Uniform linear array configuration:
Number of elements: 48
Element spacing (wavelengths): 0.75
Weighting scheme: uniform
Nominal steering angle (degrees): -45
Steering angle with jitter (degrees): -44.295
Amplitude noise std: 0.05
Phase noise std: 0.05

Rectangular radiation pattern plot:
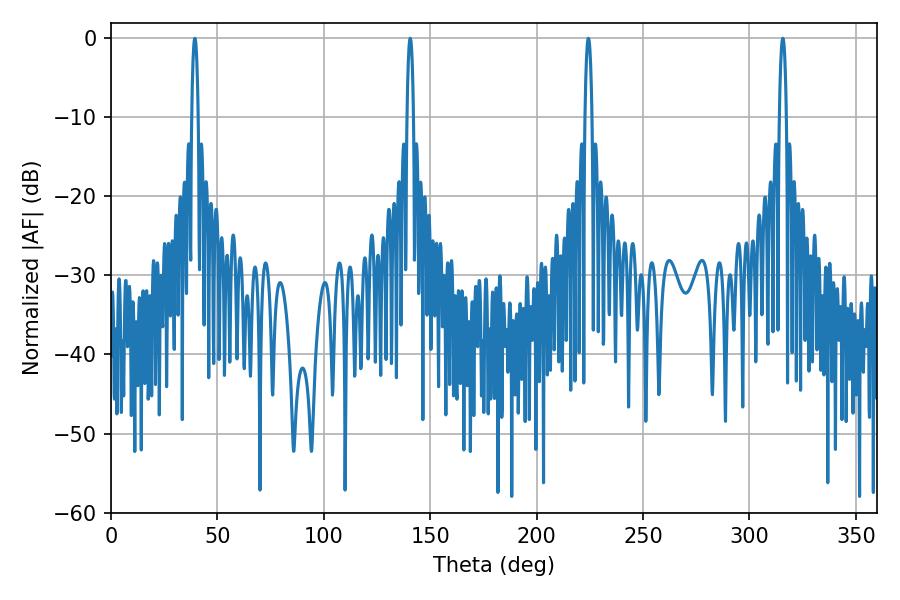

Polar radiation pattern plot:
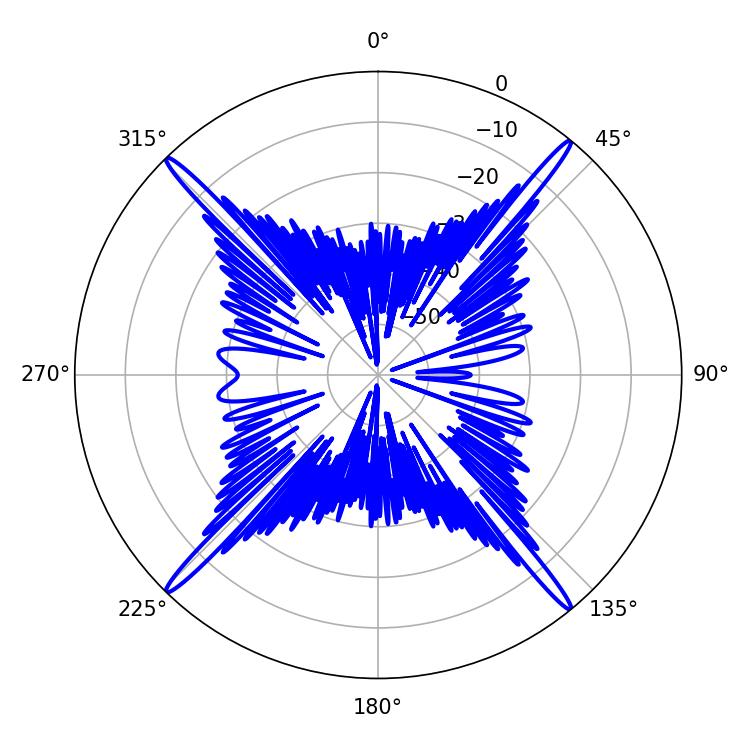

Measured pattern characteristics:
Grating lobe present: TRUE
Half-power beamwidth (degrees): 1.8
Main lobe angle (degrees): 39.42